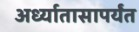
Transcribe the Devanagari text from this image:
अर्ध्यातासापर्यंत